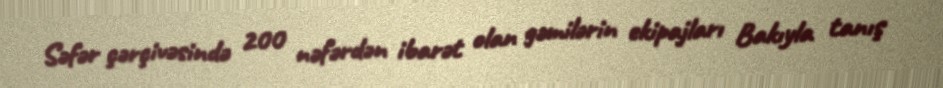
Səfər çərçivəsində 200 nəfərdən ibarət olan gəmilərin ekipajları Bakıyla tanış